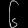
Digit: ၆